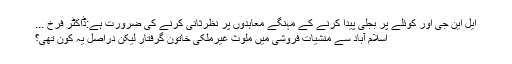
ایل این جی اور کوئلے پر بجلی پیدا کرنے کے مہنگے معاہدوں پر نظرثانی کرنے کی ضرورت ہے:ڈاکٹر فرخ ...
اسلام آباد سے منشیات فروشی میں ملوث غیرملکی خاتون گرفتار لیکن دراصل یہ کون تھی؟